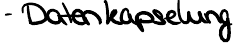
- Datenkapselung